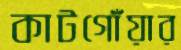
কাটগোঁয়ার